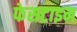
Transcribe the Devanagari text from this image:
फेसटाइम